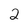
Character: 2